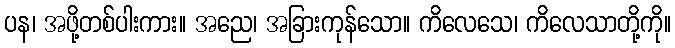
ပန၊ အဖို့တစ်ပါးကား။ အညေ၊ အခြားကုန်သော။ ကိလေသေ၊ ကိလေသာတို့ကို။